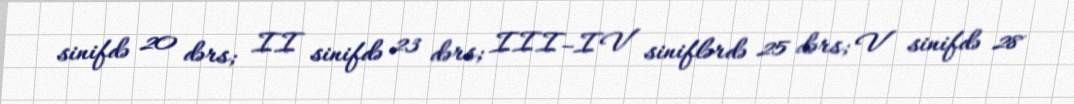
sinifdə 20 dərs; II sinifdə 23 dərs; III–IV siniflərdə 25 dərs; V sinifdə 28